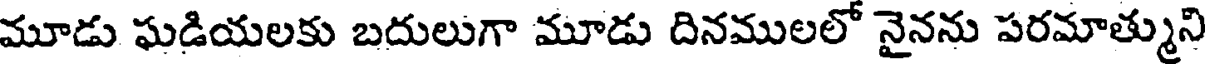
మూడు ఘడియలకు బదులుగా మూడు దినములలో నైనను పరమాత్ముని